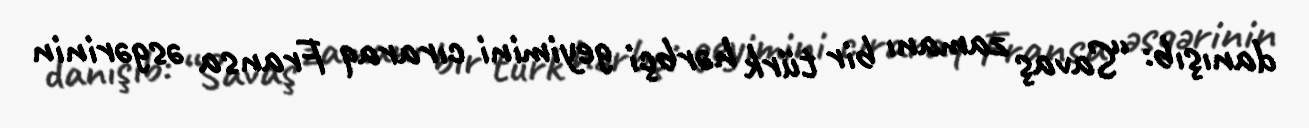
danışıb: “Savaş zamanı bir türk hərbçi geyimini cıraraq Fransa əsgərinin